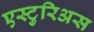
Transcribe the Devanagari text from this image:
एस्टुरिअस